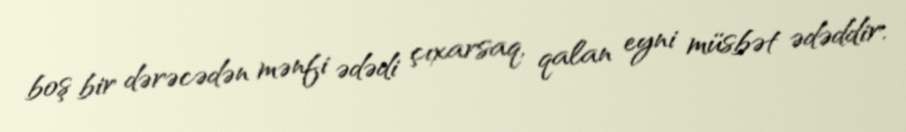
boş bir dərəcədən mənfi ədədi çıxarsaq, qalan eyni müsbət ədəddir.